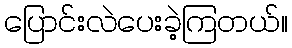
ပြောင်းလဲပေးခဲ့ကြတယ်။